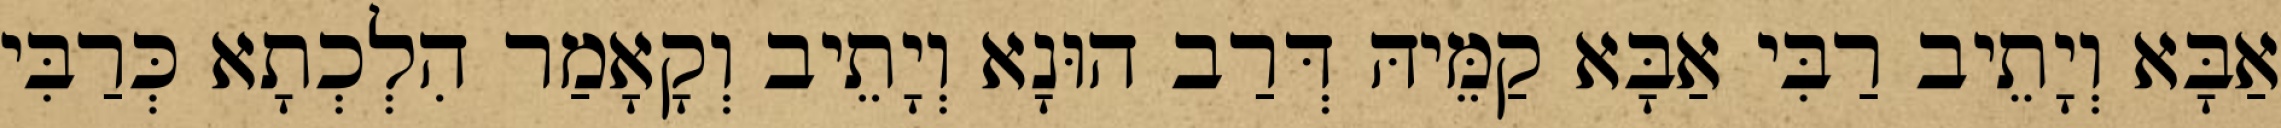
אַבָּא וְיָתֵיב רַבִּי אַבָּא קַמֵּיהּ דְּרַב הוּנָא וְיָתֵיב וְקָאָמַר הִלְכְתָא כְּרַבִּי